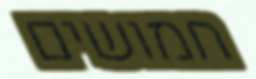
חמושים